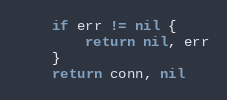
Language: Go
	if err != nil {
		return nil, err
	}
	return conn, nil